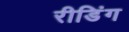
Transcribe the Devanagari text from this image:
रीडिंग